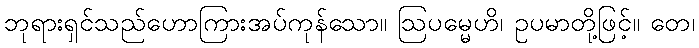
ဘုရားရှင်သည်ဟောကြားအပ်ကုန်သော။ ဩပမ္မေဟိ၊ ဥပမာတို့ဖြင့်။ တေ၊